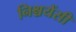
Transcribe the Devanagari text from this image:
निश्चयेंसी